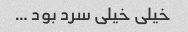
خیلی خیلی سرد بود …